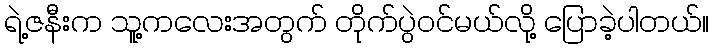
ရဲ့ဇနီးက သူ့ကလေးအတွက် တိုက်ပွဲဝင်မယ်လို့ ပြောခဲ့ပါတယ်။